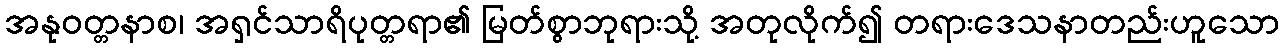
အနုဝတ္တနာစ၊ အရှင်သာရိပုတ္တရာ၏ မြတ်စွာဘုရားသို့ အတုလိုက်၍ တရားဒေသနာတည်းဟူသော